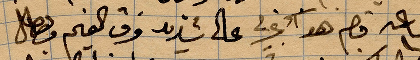
الساعة ... هذا ...علي ضديد فرق الفحم ...